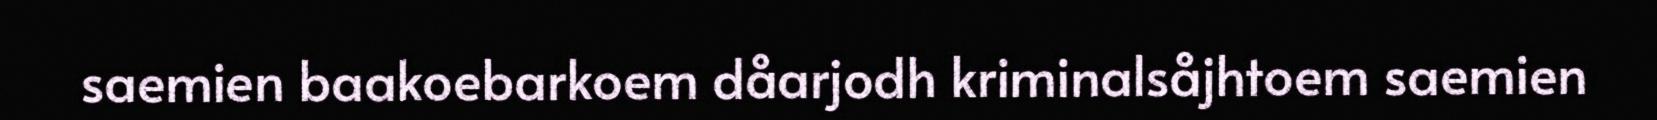
saemien baakoebarkoem dåarjodh kriminalsåjhtoem saemien